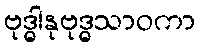
ဗုဒ္ဓါနုဗုဒ္ဓသာဝကာ